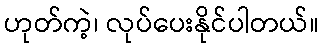
ဟုတ်ကဲ့၊ လုပ်ပေးနိုင်ပါတယ်။